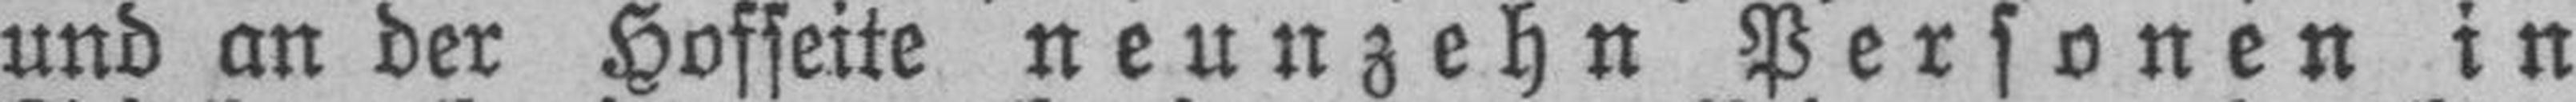
und an der Hofseite neunzehn Personen in